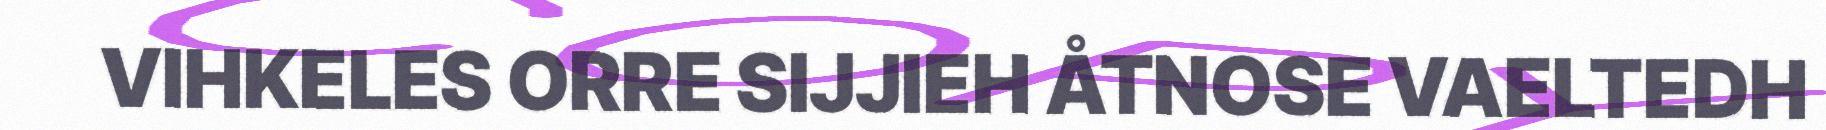
VIHKELES ORRE SIJJIEH ÅTNOSE VAELTEDH